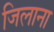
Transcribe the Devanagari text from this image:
जिलाना